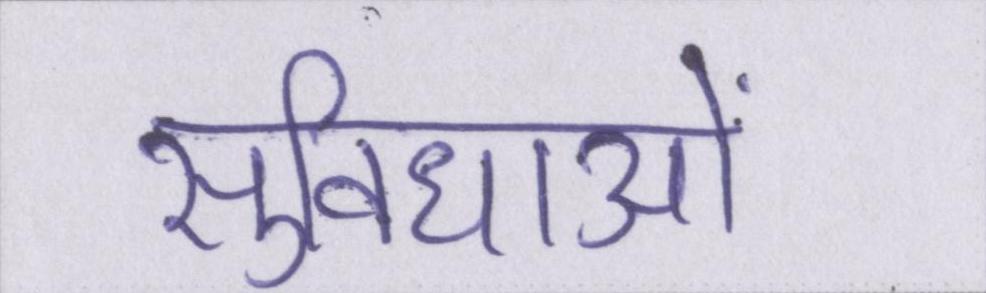
सुविधाओं